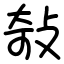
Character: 敧